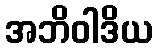
အဘိဝါဒိယ